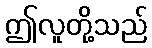
ဤလူတို့သည်